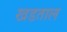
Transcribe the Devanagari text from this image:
खडताल